Civil Veterinary Department. United Provinces 1912-22 - 1912-1922
Year: 1912
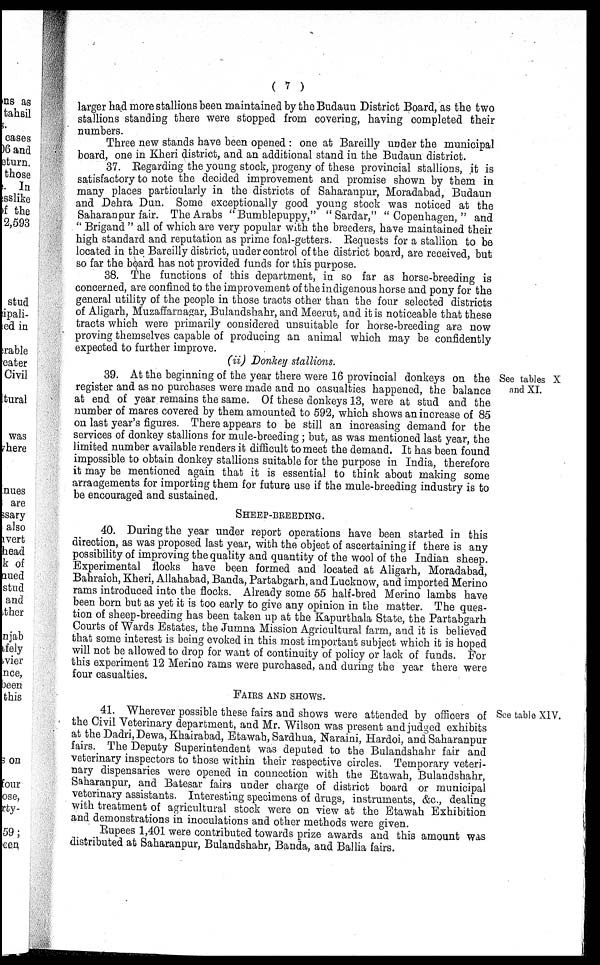
( 7 )
larger had more stallions been maintained by the Budaun District Board, as the two
stallions standing there were stopped from covering, having completed their
numbers.
Three new stands have been opened: one at Bareilly under the municipal
board, one in Kheri district, and an additional stand in the Budaun district.
37. Regarding the young stock, progeny of these provincial stallions, it is
satisfactory to note the decided improvement and promise shown by them in
many places particularly in the districts of Saharanpur, Moradabad, Budaun
and Dehra Dun. Some exceptionally good young stock was noticed at the
Saharanpur fair. The Arabs "Bumblepuppy," "Sardar," "Copenhagen," and
"Brigand" all of which are very popular with the breeders, have maintained their
high standard and reputation as prime foal-getters. Requests for a stallion to be
located in the Bareilly district, under control of the district board, are received, but
so far the board has not provided funds for this purpose.
38. The functions of this department, in so far as horse-breeding is
concerned, are confined to the improvement of the indigenous horse and pony for the
general utility of the people in those tracts other than the four selected districts
of Aligarh, Muzaffarnagar, Bulandshahr, and Meerut, and it is noticeable that these
tracts which were primarily considered unsuitable for horse-breeding are now
proving themselves capable of producing an animal which may be confidently
expected to further improve.
(ii) Donkey stallions.
See tables X
and XI.
39. At the beginning of the year there were 16 provincial donkeys on the
register and as no purchases were made and no casualties happened, the balance
at end of year remains the same. Of these donkeys 13, were at stud and the
number of mares covered by them amounted to 592, which shows an increase of 85
on last year's figures. There appears to be still an increasing demand for the
services of donkey stallions for mule-breeding; but, as was mentioned last year, the
limited number available renders it difficult to meet the demand. It has been found
impossible to obtain donkey stallions suitable for the purpose in India, therefore
it may be mentioned again that it is essential to think about making some
arrangements for importing them for future use if the mule-breeding industry is to
be encouraged and sustained.
SHEEP-BREEDING.
40. During the year under report operations have been started in this
direction, as was proposed last year, with the object of ascertaining if there is any
possibility of improving the quality and quantity of the wool of the Indian sheep.
Experimental flocks have been formed and located at Aligarh, Moradabad,
Bahraich, Kheri, Allahabad, Banda, Partabgarh, and Lucknow, and imported Merino
rams introduced into the flocks. Already some 55 half-bred Merino lambs have
been born but as yet it is too early to give any opinion in the matter. The ques-
tion of sheep-breeding has been taken up at the Kapurthala State, the Partabgarh
Courts of Wards Estates, the Jumna Mission Agricultural farm, and it is believed
that some interest is being evoked in this most important subject which it is hoped
will not be allowed to drop for want of continuity of policy or lack of funds. For
this experiment 12 Merino rams were purchased, and during the year there were
four casualties.
FAIRS AND SHOWS.
See table XIV.
41. Wherever possible these fairs and shows were attended by officers of
the Civil Veterinary department, and Mr. Wilson was present and judged exhibits
at the Dadri, Dewa, Khairabad, Etawah, Sardhua, Naraini, Hardoi, and Saharanpur
fairs. The Deputy Superintendent was deputed to the Bulandshahr fair and
veterinary inspectors to those within their respective circles. Temporary veteri-
nary dispensaries were opened in connection with the Etawah, Bulandshahr,
Saharanpur, and Batesar fairs under charge of district board or municipal
veterinary assistants. Interesting specimens of drugs, instruments, &c., dealing
with treatment of agricultural stock were on view at the Etawah Exhibition
and demonstrations in inoculations and other methods were given.
Rupees 1,401 were contributed towards prize awards and this amount was
distributed at Saharanpur, Bulandshahr, Banda, and Ballia fairs.